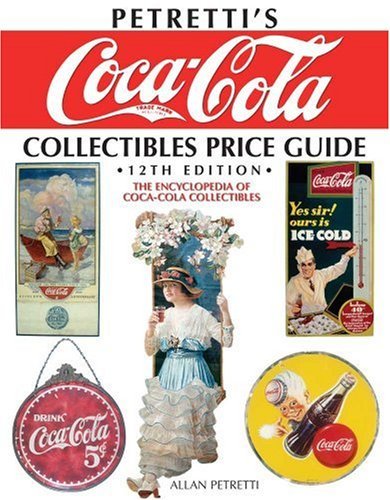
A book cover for Petretti's Coca-Cola Collectibles Price Guide: The Encyclopedia of Coca-Cola Collectibles (Hardcover); Crafts, Hobbies & Home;